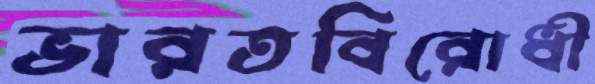
ভারতবিরোধী